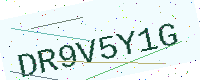
Text: DR9V5Y1G